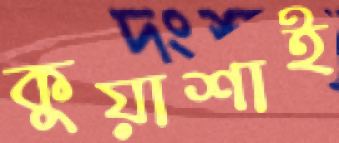
কুয়াশাই